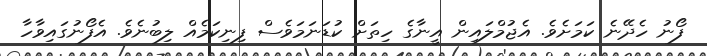
ފޯނު ހެދޭނެ ކަމަށެވެ. އެޖުމްލައިން އީނާގެ ހިތަށް ކުޑަނަމަވެސް ފިނިކަމެއް ލިބުނެވެ. އެފޯނުގައިވާހާ